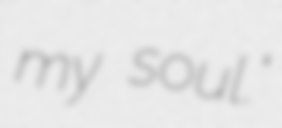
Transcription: my soul."